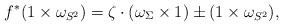
LaTeX: \begin{align*}f^*(1\times\omega_{S^2})=\zeta\cdot(\omega_{\Sigma}\times 1)\pm(1\times\omega_{S^2}),\end{align*}